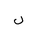
Letter: _lam